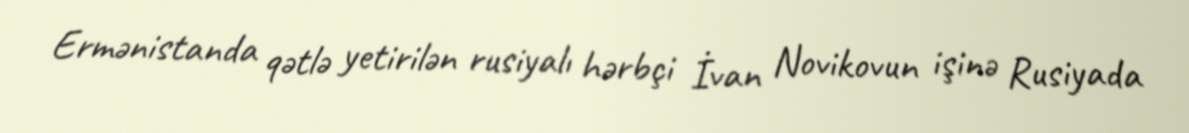
Ermənistanda qətlə yetirilən rusiyalı hərbçi İvan Novikovun işinə Rusiyada